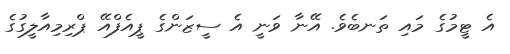
އެ ޓީމުގެ މައި ތަނބެވެ. އޭނާ ވަނީ އެ ސީޒަންގެ ޕީއެފްއޭ ޕްރިމިއާލީގުގެ